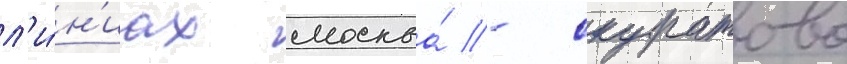
л'и́н'иах москва́ - скуратово